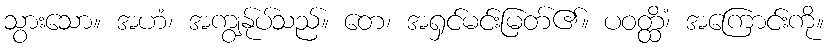
သွားသော။ အဟံ၊ အကျွန်ုပ်သည်။ တေ၊ အရှင်မင်းမြတ်၏။ ပဝတ္ထိံ၊ အကြောင်းကို။